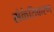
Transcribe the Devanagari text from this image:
संकेतिकरण